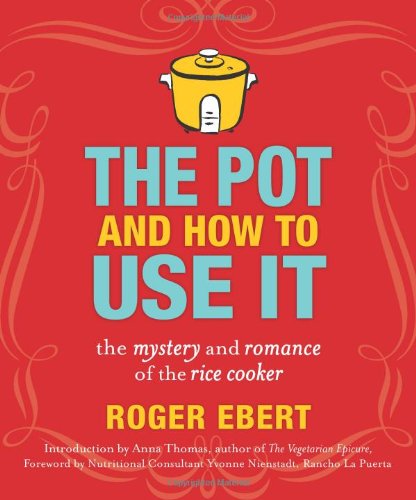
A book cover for The Pot and How to Use It: The Mystery and Romance of the Rice Cooker; Roger Ebert; Cookbooks, Food & Wine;